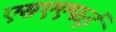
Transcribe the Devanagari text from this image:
एसएएफई